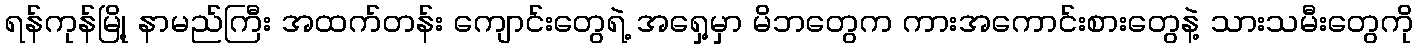
ရန်ကုန်မြို့ နာမည်ကြီး အထက်တန်း ကျောင်းတွေရဲ့ အရှေ့မှာ မိဘတွေက ကားအကောင်းစားတွေနဲ့ သားသမီးတွေကို